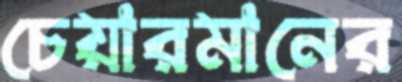
চেয়ারমানের